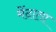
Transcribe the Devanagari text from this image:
मेंदाता